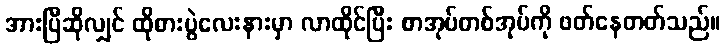
အားပြီဆိုလျှင် ထိုစားပွဲလေးနားမှာ လာထိုင်ပြီး စာအုပ်တစ်အုပ်ကို ဖတ်နေတတ်သည်။